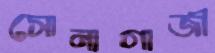
সোনাগাজী